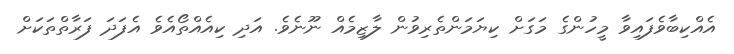
އެއްކިބާވެފައިވާ މީހުންގެ މަގަށް ކިޔަމަންތެރިވުން ލާޒިމެއް ނޫނެވެ. އަދި ކިއެއްތޯއެވެ އެފަދަ ފަރާތްތަކަށް